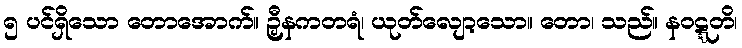
၅ ပင်ရှိသော တောအောက်။ ဉှီနကတရံ၊ ယုတ်လျော့သော။ တော၊ သည်။ နဝဋ္ဋတိ၊